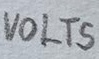
Text: VOLTS